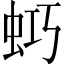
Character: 𧊌